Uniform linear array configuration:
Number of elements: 24
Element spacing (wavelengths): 0.75
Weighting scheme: kaiser
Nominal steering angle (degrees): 60
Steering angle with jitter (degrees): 59.165
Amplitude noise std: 0.05
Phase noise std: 0.05

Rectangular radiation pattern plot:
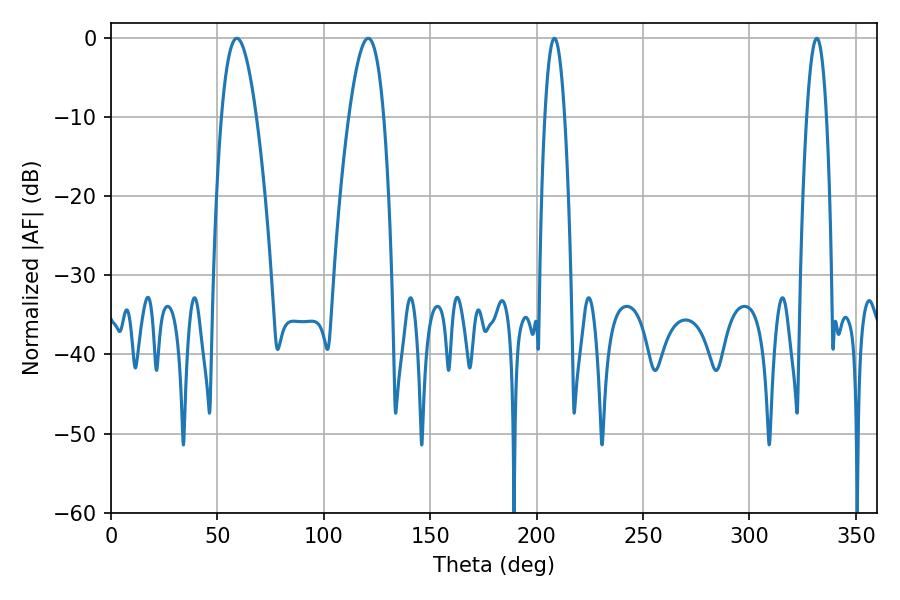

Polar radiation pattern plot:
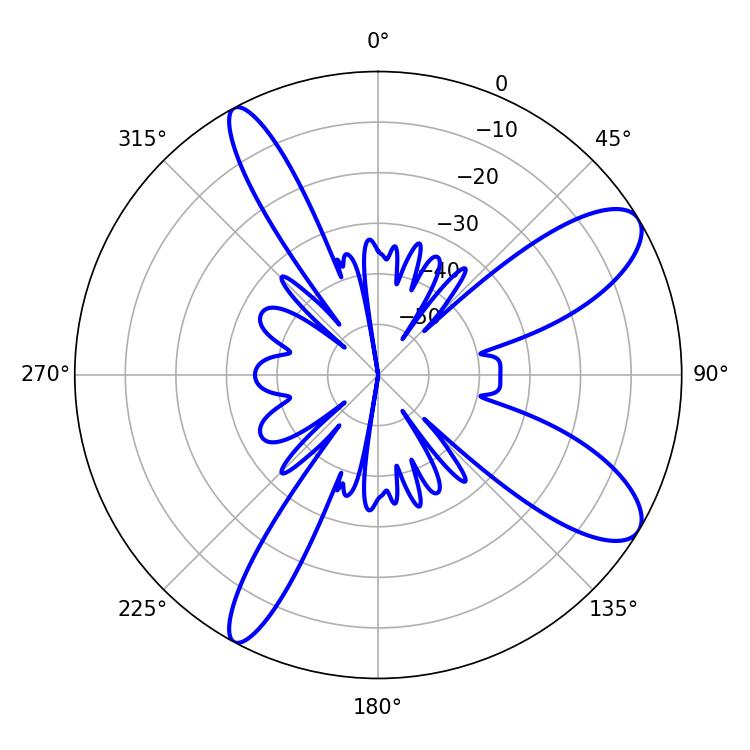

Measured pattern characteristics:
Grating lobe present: TRUE
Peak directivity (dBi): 10.019
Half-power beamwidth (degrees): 9
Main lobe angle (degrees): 59.22